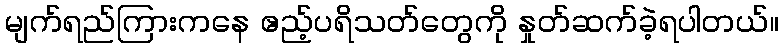
မျက်ရည်ကြားကနေ ဧည့်ပရိသတ်တွေကို နှုတ်ဆက်ခဲ့ရပါတယ်။